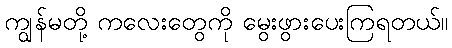
ကျွန်မတို့ ကလေးတွေကို မွေးဖွားပေးကြရတယ်။